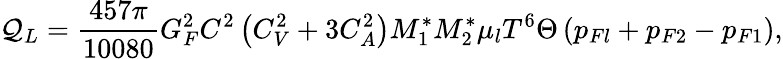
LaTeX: \mathcal{Q}_{L}=\frac{{457\pi}}{{10080}}G_{F}^{2}C^{2}\left(C_{V}^{2}+3C_{A}^{2}\right)M_{1}^{\ast}M_{2}^{\ast}\mu_{l}T^{6}\Theta\left(p_{Fl}+p_{F2}-p_{F1}\right),